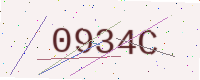
Text: 0934C